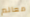
معالم